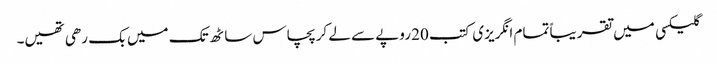
گلیکسی میں تقریباً تمام انگریزی کتب 20 روپے سے لے کر پچاس ساٹھ تک میں بک رھی تھیں۔